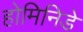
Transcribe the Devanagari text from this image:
होमिनिडे